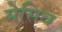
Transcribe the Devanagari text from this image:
मेसिव